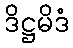
ဒိဋ္ဌမိဒံ